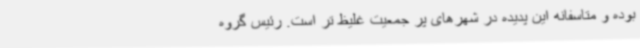
بوده و متاسفانه این پدیده در شهرهای پر جمعیت غلیظ تر است. رئیس گروه